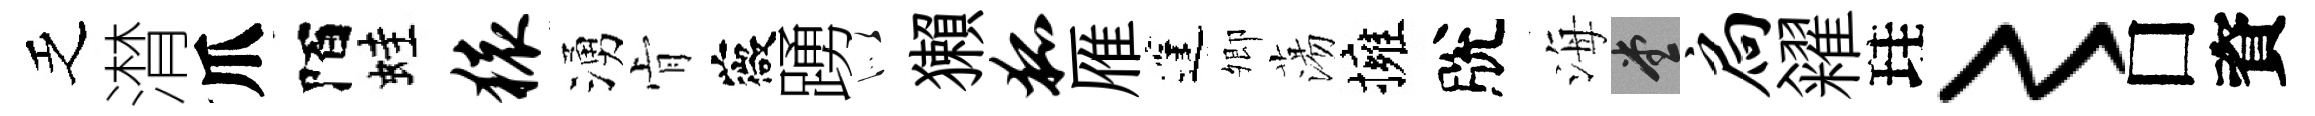
乏潸爪陌蛙猿湧肻薇踴似獺狐雁蓬𡖖蕩擁脫海堂扃糴珪〻□資